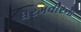
ધરમવીરના